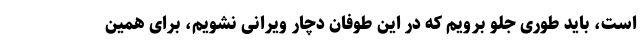
است، باید طوری جلو برویم که در این طوفان دچار ویرانی نشویم، برای همین